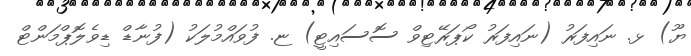
ޔޫ) ޅ. ނައިފަރު (ނައިފަރު ކޯޕަރޭޓިވް ސޮސައިޓީ) ޏ. ފުވައްމުލަކު (ފުނާޑް ޑިވެލޮޕްމަންޓް